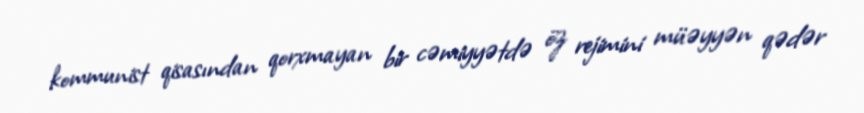
kommunist qisasından qorxmayan bir cəmiyyətdə öz rejimini müəyyən qədər